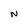
Character: N